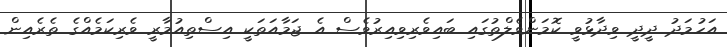
އަހުމަދު ދީދީ ވިދާޅުވީ ކޮމަންވެލްތުގައި ބައިވެރިވިއިރުވެސް އެ ޖަމާއަތަކީ އިސްތިއުމާރީ ވެރިކަމެއްގެ ތެރެއިން